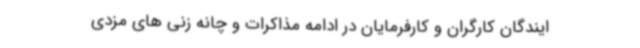
ایندگان کارگران و کارفرمایان در ادامه مذاکرات و چانه زنی های مزدی